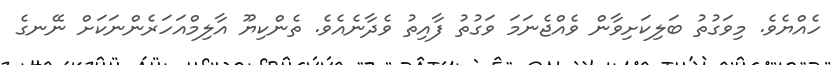
ހެއްޔެވެ. މިވަގުތު ބަލިކަށިވާން ވެއްޖެނަމަ ވަގުތު ފާއިތު ވެދާނެއެވެ. ތެންކިޔޫ އާލިމްއަަހަރެންނަކަށް ނޭނގެ